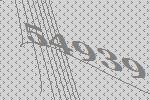
54939